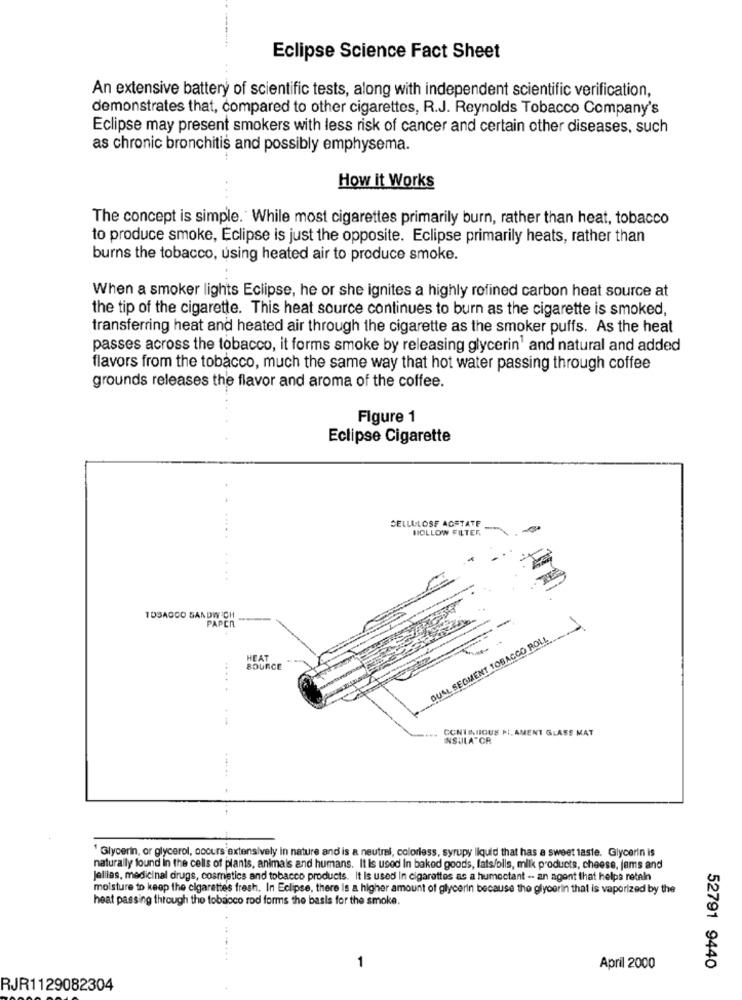
Eclipse Science Fact Sheet
An extensive battery of scientific tests, along with independent scientific verification,
demonstrates that, compared to other cigarettes, R.J. Reynolds Tobacco Company's
Eclipse may present smokers with less risk of cancer and certain other diseases, such
as chronic bronchitis and possibly emphysema.
How it Works
The concept is simple. While most cigarettes primarily burn, rather than heat, tobacco
to produce smoke, Eclipse is just the opposite. Eclipse primarily heats, rather than
burns the tobacco, using heated air to produce smoke.
When a smoker lights Eclipse, he or she ignites a highly refined carbon heat source at
the tip of the cigarette. This heat source continues to burn as the cigarette is smoked,
transferring heat and heated air through the cigarette as the smoker puffs. As the heat
passes across the tobacco, it forms smoke by releasing glycerin' and natural and added
flavors from the tobacco, much the same way that hot water passing through coffee
grounds releases the flavor and aroma of the coffee.
Figure 1
Eclipse Cigarette
CELLULOSE AGSTATE
HOLLOW FILTER
PAPER
QUAL SEGMENT TOBACCO POLL
HEAT
SOURCE
.. CONTRIIOUS FILAMENT GLASS MAT
INSULATOR
' Glycerin, or glycerol, occurs extensively in nature and is a neutral, colorless, syrupy liquid that has a sweet taste. Glycerin is
naturally found in the cells of plants, animals and humans. It Is used In baked goods, fats/olis, milk products, cheese, jams and
Jellies, medicinal drugs, cosmetics and tobacco products. It Is used in cigarettes as a humectant - an agent that helps retaln
moisture to keep the cigarettes fresh. In Eclipse, there is a higher amount of glycerin because the glycerin that is vaporized by the
heat passing through the tobacco rod forms the basis for the smoke.
1
April 2000
52791 9440
RJR1129082304